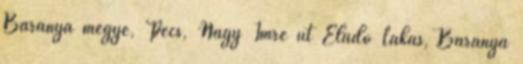
Baranya megye, Pécs, Nagy Imre út Eladó Lakás, Baranya